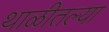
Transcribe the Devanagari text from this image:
थाळीतल्या